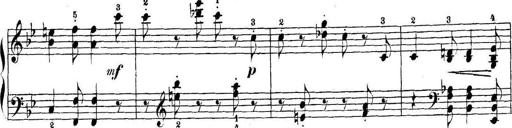
Title: 5 Sonatinas
Composer: Theodor Kirchner